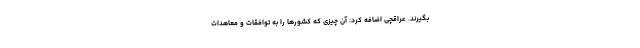
بگیرند. عراقچی اضافه کرد: آن چیزی که کشورها را به توافقات و معاهدات